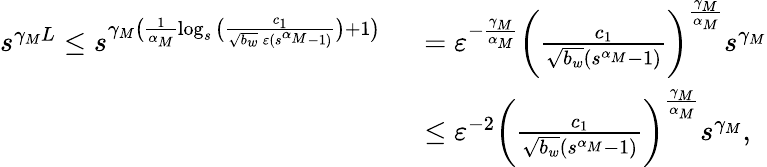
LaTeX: \begin{array}{rl}{s^{\gamma_{M}L}\leq s^{\gamma_{M}\big(\frac{1}{\alpha_{M}}\log_{s}\big(\frac{c_{1}}{\sqrt{b_{w}}\, \varepsilon(s^{\alpha_{M}}-1)}\big)+1\big)}}&{\ =\varepsilon^{-\frac{\gamma_{M}}{\alpha_{M}}}\bigg(\frac{c_{1}}{\sqrt{b_{w}}(s^{\alpha_{M}}-1)}\bigg)^{\frac{\gamma_{M}}{\alpha_{M}}}s^{\gamma_{M}}}\\ &{\ \leq\varepsilon^{-2}\bigg(\frac{c_{1}}{\sqrt{b_{w}}(s^{\alpha_{M}}-1)}\bigg)^{\frac{\gamma_{M}}{\alpha_{M}}}s^{\gamma_{M}},}\end{array}